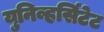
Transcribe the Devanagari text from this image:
युनिव्हर्सिटेट